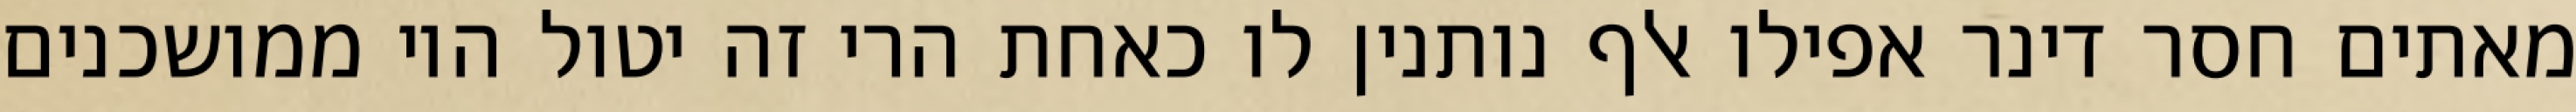
מאתים חסר דינר אפילו אלף נותנין לו כאחת הרי זה יטול היו ממושכנים